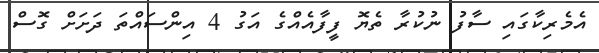
އެމެރިކާގައި ސާފު ނުކުރާ ތެޔޮ ފީފާއެއްގެ އަގު 4 އިންސައްތަ ދަށަށް ގޮސް